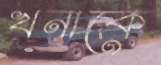
খনাকে